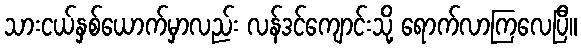
သားငယ်နှစ်ယောက်မှာလည်း လန်ဒင်ကျောင်းသို့ ရောက်လာကြလေပြီ။